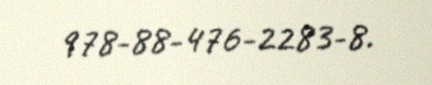
978-88-476-2283-8.